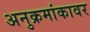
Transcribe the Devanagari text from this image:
अनुक्रमांकावर